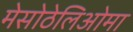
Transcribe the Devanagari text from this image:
मेसोठेलिओमा